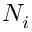
N _ { i }